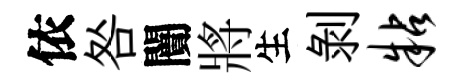
依咎闠將生剝粘